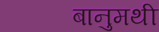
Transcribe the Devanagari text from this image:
बानुमथी